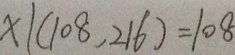
x \vert ( 1 0 8 , 2 1 6 ) = 1 0 8